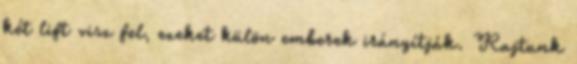
két lift visz fel, ezeket külön emberek irányítják. Rajtunk